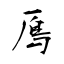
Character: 鳫